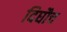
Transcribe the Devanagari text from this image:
दिघौच